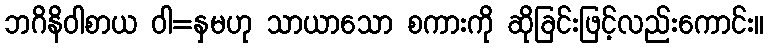
ဘဂိနိဝါစာယ ဝါ=နှမဟု သာယာသော စကားကို ဆိုခြင်းဖြင့်လည်းကောင်း။